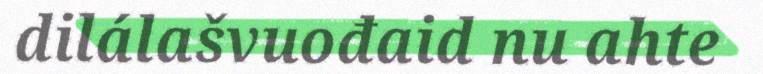
dilálašvuođaid nu ahte